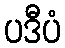
ပဒီပံ